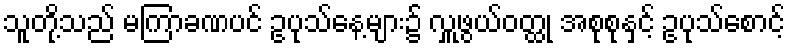
သူတို့သည် မကြာခဏပင် ဥပုသ်နေ့များ၌ လှူဖွယ်ဝတ္ထု အစုစုနှင့် ဥပုသ်စောင့်